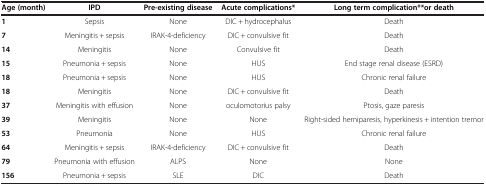
<table><thead><tr><td><b>Age (month)</b></td><td><b>IPD</b></td><td><b>Pre-existing disease</b></td><td><b>Acute complications*</b></td><td><b>Long term complication** or death</b></td></tr></thead><tbody><tr><td><b>1</b></td><td>Sepsis</td><td>None</td><td>DIC + hydrocephalus</td><td>Death</td></tr><tr><td><b>7</b></td><td>Meningitis + sepsis</td><td>IRAK-4-deficiency</td><td>DIC + convulsive fit</td><td>Death</td></tr><tr><td><b>14</b></td><td>Meningitis</td><td>None</td><td>Convulsive fit</td><td>Death</td></tr><tr><td><b>15</b></td><td>Pneumonia + sepsis</td><td>None</td><td>HUS</td><td>End stage renal disease (ESRD)</td></tr><tr><td><b>18</b></td><td>Pneumonia + sepsis</td><td>None</td><td>HUS</td><td>Chronic renal failure</td></tr><tr><td><b>18</b></td><td>Meningitis</td><td>None</td><td>DIC + convulsive fit</td><td>Death</td></tr><tr><td><b>37</b></td><td>Meningitis with effusion</td><td>None</td><td>oculomotorius palsy</td><td>Ptosis, gaze paresis</td></tr><tr><td><b>39</b></td><td>Meningitis</td><td>None</td><td>None</td><td>Right-sided hemiparesis, hyperkinesis + intention tremor</td></tr><tr><td><b>53</b></td><td>Pneumonia</td><td>None</td><td>HUS</td><td>Chronic renal failure</td></tr><tr><td><b>64</b></td><td>Meningitis + sepsis</td><td>IRAK-4-deficiency</td><td>DIC + convulsive fit</td><td>Death</td></tr><tr><td><b>79</b></td><td>Pneumonia with effusion</td><td>ALPS</td><td>None</td><td>None</td></tr><tr><td><b>156</b></td><td>Pneumonia + sepsis</td><td>SLE</td><td>DIC</td><td>Death</td></tr></tbody></table>